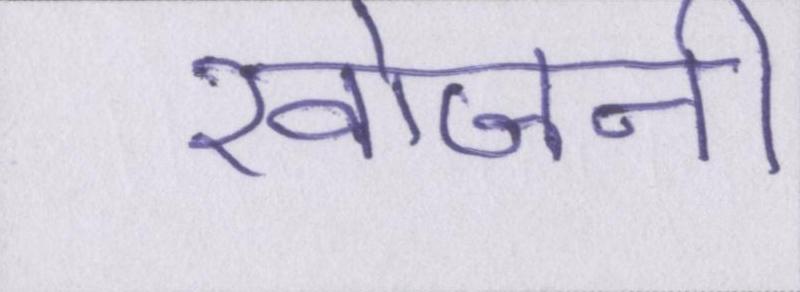
खोजनी